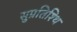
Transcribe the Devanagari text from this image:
सुप्रतिश्थि